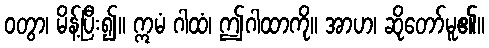
ဝတွာ၊ မိန့်ပြီး၍။ ဣမံ ဂါထံ၊ ဤဂါထာကို။ အာဟ၊ ဆိုတော်မူ၏။